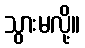
သွားမလို့။